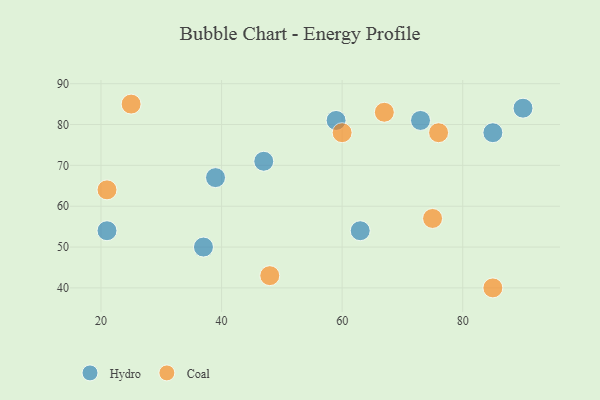
{"axis": {"x": "GDP", "y": "Life Expectancy"}, "legend": ["Coal", "Hydro"], "data": [{"x": "85", "y": 78, "type": "Hydro"}, {"x": "37", "y": 50, "type": "Hydro"}, {"x": "63", "y": 54, "type": "Hydro"}, {"x": "90", "y": 84, "type": "Hydro"}, {"x": "39", "y": 67, "type": "Hydro"}, {"x": "73", "y": 81, "type": "Hydro"}, {"x": "47", "y": 71, "type": "Hydro"}, {"x": "21", "y": 54, "type": "Hydro"}, {"x": "59", "y": 81, "type": "Hydro"}, {"x": "75", "y": 57, "type": "Coal"}, {"x": "76", "y": 78, "type": "Coal"}, {"x": "48", "y": 43, "type": "Coal"}, {"x": "21", "y": 64, "type": "Coal"}, {"x": "60", "y": 78, "type": "Coal"}, {"x": "25", "y": 85, "type": "Coal"}, {"x": "67", "y": 83, "type": "Coal"}, {"x": "85", "y": 40, "type": "Coal"}]}